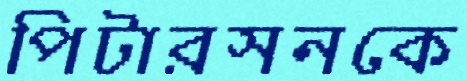
পিটারসনকে